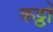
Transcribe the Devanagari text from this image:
कट्ठों